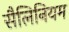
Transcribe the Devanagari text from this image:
सैलिनियम